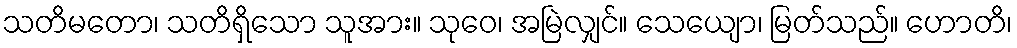
သတိမတော၊ သတိရှိသော သူအား။ သုဝေ၊ အမြဲလျှင်။ သေယျော၊ မြတ်သည်။ ဟောတိ၊